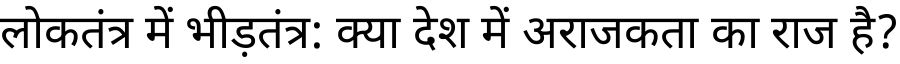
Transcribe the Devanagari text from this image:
लोकतंत्र में भीड़तंत्र: क्या देश में अराजकता का राज है?